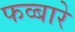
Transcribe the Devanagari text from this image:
फव्‍बारे